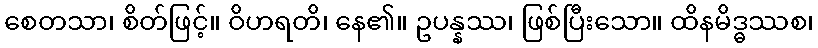
စေတသာ၊ စိတ်ဖြင့်။ ဝိဟရတိ၊ နေ၏။ ဥပန္နဿ၊ ဖြစ်ပြီးသော။ ထိနမိဒ္ဓဿစ၊